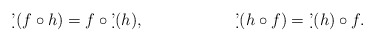
\begin{align*}\allowdisplaybreaks\d'(f \circ h)&=f\circ \d'(h), && \d'( h \circ f)=\d'(h) \circ f.\end{align*}